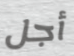
أجل